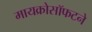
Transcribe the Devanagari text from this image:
मायक्रोसॉफटने